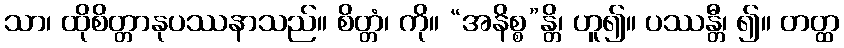
သာ၊ ထိုစိတ္တာနုပဿနာသည်။ စိတ္တံ၊ ကို။ “အနိစ္စ”န္တိ၊ ဟူ၍။ ပဿန္တီ၊ ၍။ တတ္ထ